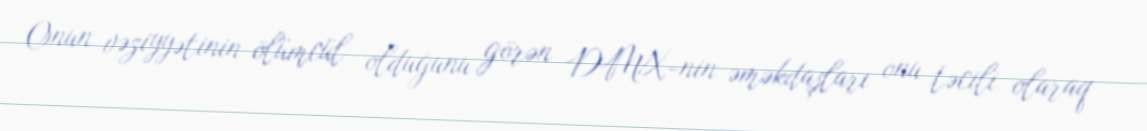
Onun vəziyyətinin ölümcül olduğunu görən DMX-nin əməkdaşları onu təcili olaraq